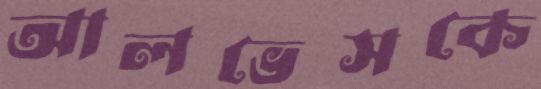
আলভেসকে